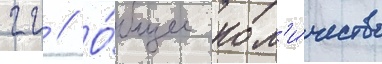
гг // О́бщее кол'и́чество